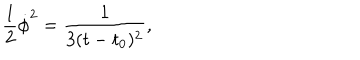
{ \frac { 1 } { 2 } \dot { \phi } ^ { 2 } = \frac { 1 } { 3 ( t - t _ { 0 } ) ^ { 2 } } , }